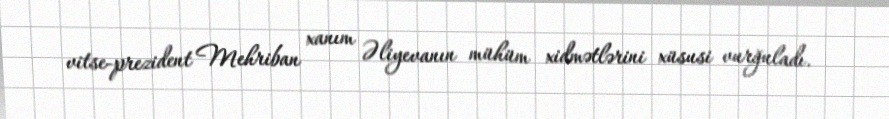
vitse-prezident Mehriban xanım Əliyevanın mühüm xidmətlərini xüsusi vurğuladı.